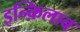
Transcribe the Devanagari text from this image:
इन्क़िलाब